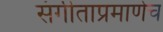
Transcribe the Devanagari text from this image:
संगीताप्रमाणेच